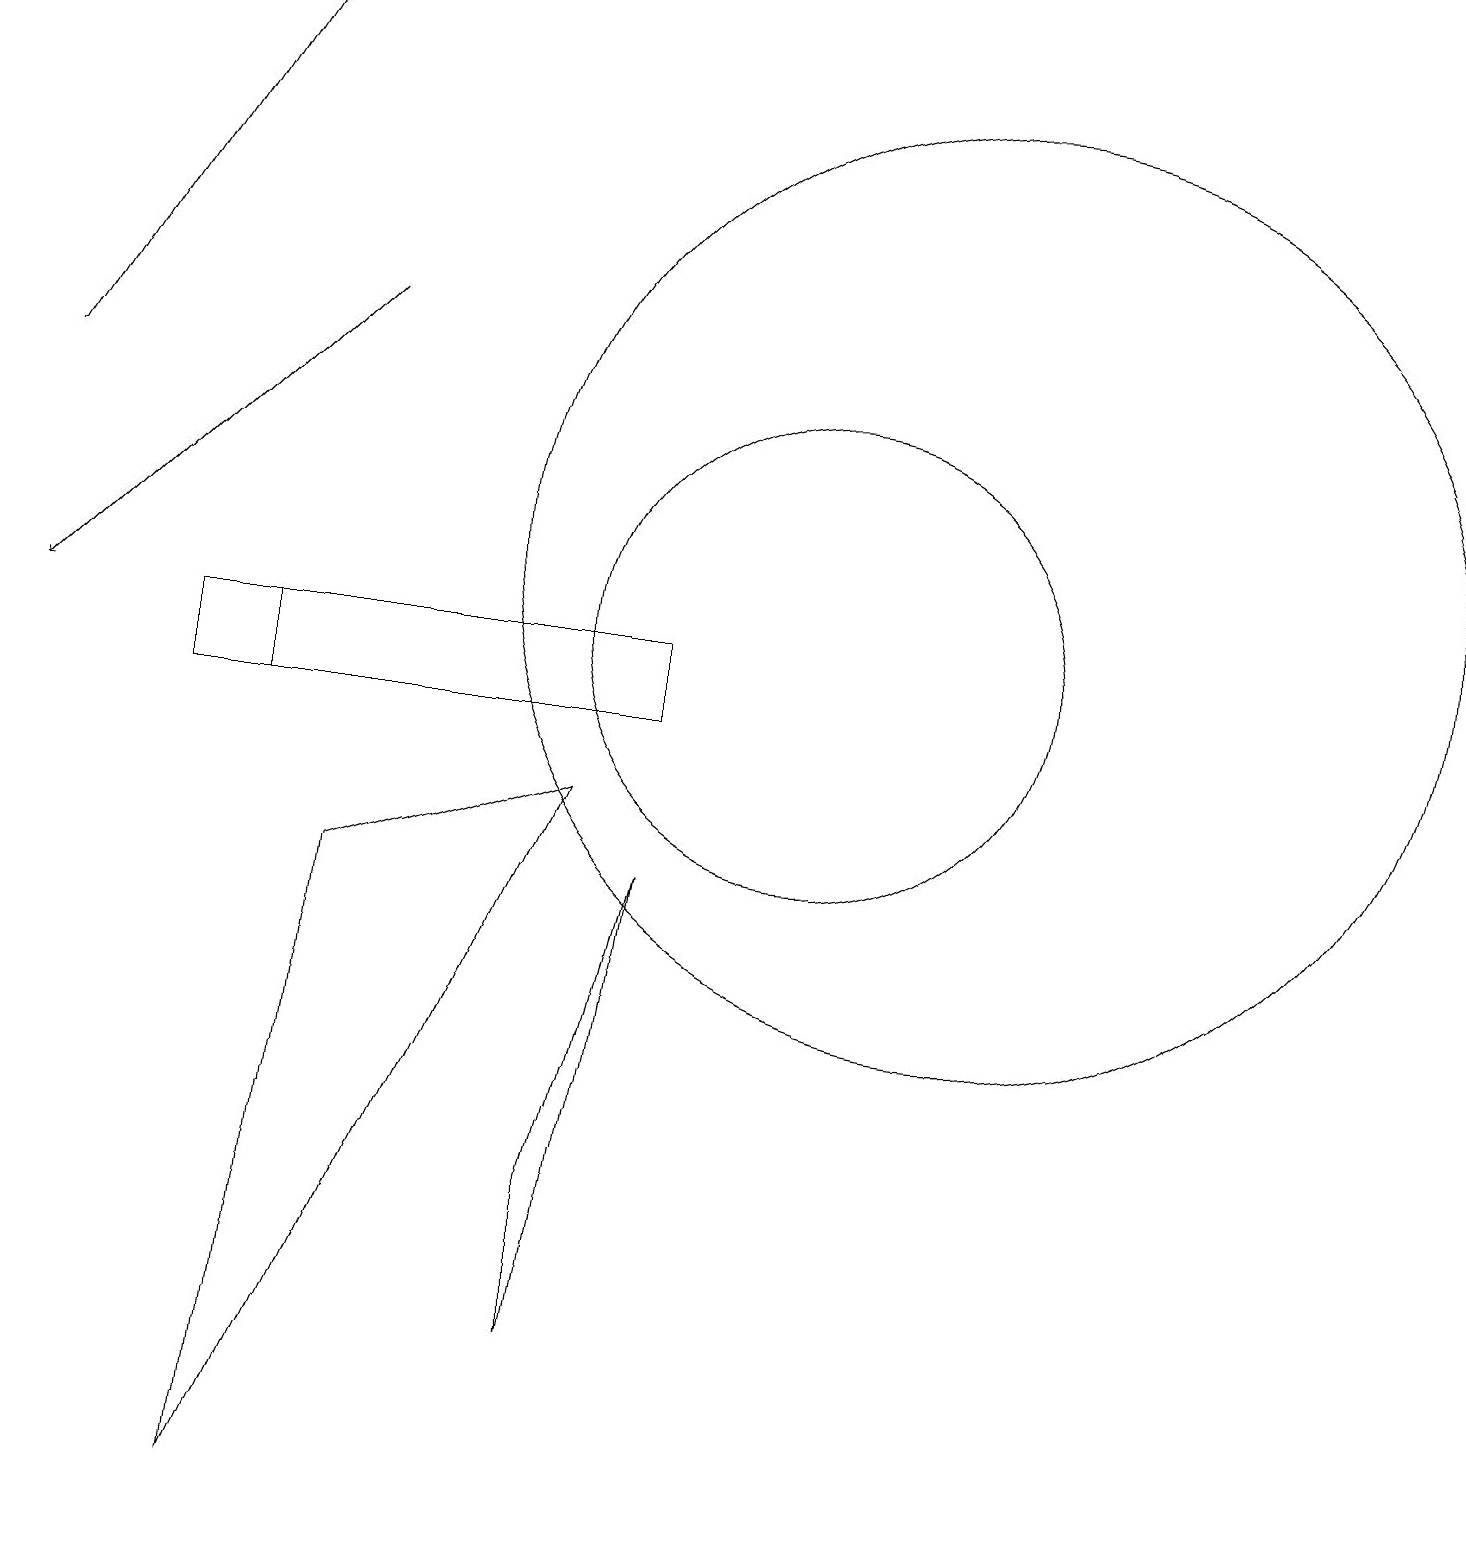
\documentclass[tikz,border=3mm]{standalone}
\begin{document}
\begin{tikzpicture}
\draw[->] (4,15) -- (0,11);
\draw (3,11) rectangle (2,10);
\draw[->] (0,14) -- (3,19);
\draw (7,4) -- (8,8) -- (7,2) -- cycle;
\draw (10,11) circle (3);
\draw (12,12) circle (6);
\draw (7,9) -- (4,8) -- (3,0) -- cycle;
\draw (8,10) rectangle (3,11);
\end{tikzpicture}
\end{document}